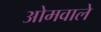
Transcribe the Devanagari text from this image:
ओमवाले